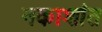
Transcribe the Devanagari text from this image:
नकाशांत